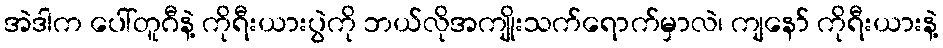
အဲဒါက ပေါ်တူဂီနဲ့ ကိုရီးယားပွဲကို ဘယ်လိုအကျိုးသက်ရောက်မှာလဲ၊ ကျနော် ကိုရီးယားနဲ့